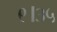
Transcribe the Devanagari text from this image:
९।३५